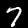
Digit: 7